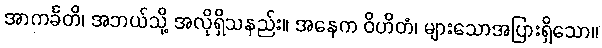
အာကင်္ခတိ၊ အဘယ်သို့ အလိုရှိသနည်း။ အနေက ဝိဟိတံ၊ များသောအပြားရှိသော။